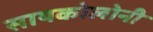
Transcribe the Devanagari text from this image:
सायकोलोनी